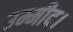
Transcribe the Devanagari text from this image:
उम्मीद।